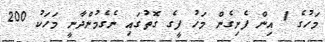
މަހުގެ 1 އިން ފެށިގެން މަހު ފީގެ ގޮތުގައި ނެގެމުންދާނީ މަހަކު 200